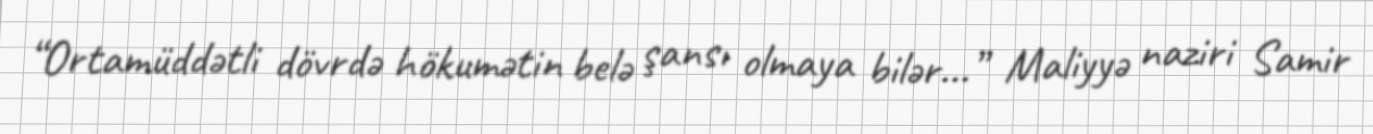
“Ortamüddətli dövrdə hökumətin belə şansı olmaya bilər...” Maliyyə naziri Samir